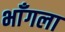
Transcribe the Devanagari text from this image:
भाँगला